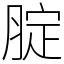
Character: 腚